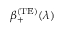
\beta _ { + } ^ { \mathrm { ( T E ) } } ( \lambda )